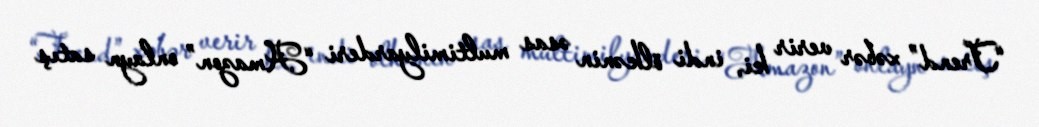
“Trend” xəbər verir ki, indi ölkənin əsas multimilyarderi “Amazon” onlayn satış